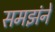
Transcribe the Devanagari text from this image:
समझंने